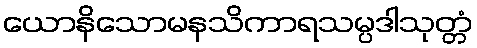
ယောနိသောမနသိကာရသမ္ပဒါသုတ္တံ